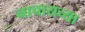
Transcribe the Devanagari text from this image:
नाचायच्या